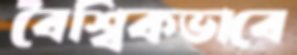
বৈশ্বিকভাবে